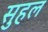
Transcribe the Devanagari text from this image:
सुहल